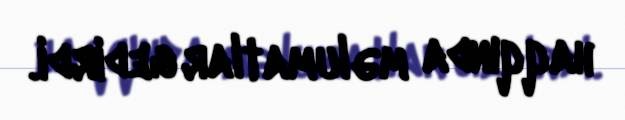
haqqında məlumatlar gedirdi.